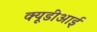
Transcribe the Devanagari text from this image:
क्यूडीआई